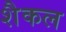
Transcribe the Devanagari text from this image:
शैकल